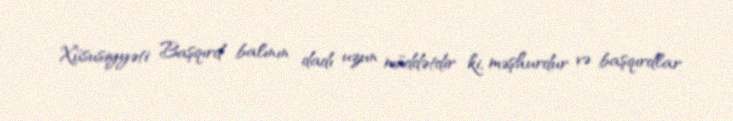
Xüsusiyyəti Başqırd balının dadı uzun müddətdir ki, məşhurdur və başqırdlar